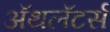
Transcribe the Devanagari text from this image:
ॲथलॅटर्स